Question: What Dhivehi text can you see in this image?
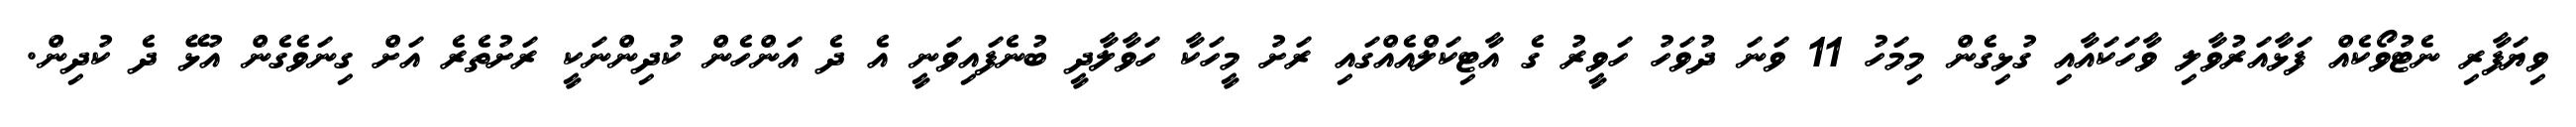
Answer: ވިޔަފާރި ނެޓުވޯކެއް ފަޅާއަރުވާލި ވާހަކައާއި ގުޅިގެން މިމަހު 11 ވަނަ ދުވަހު ހަވީރު ގެ އާޓިކަލްއެއްގައި ރަށު މީހަކާ ހަވާލާދީ ބުނެފައިވަނީ އެ ދެ އަންހެން ކުދިންނަކީ ރަށުތެރެ އަށް ގިނަވެގެން އުޅޭ ދެ ކުދިން.